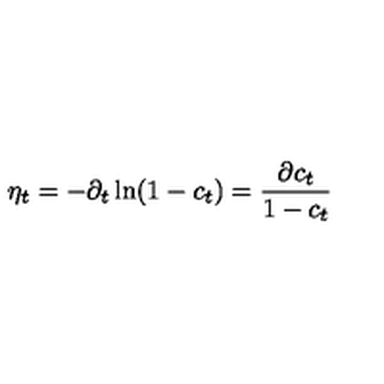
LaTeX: \eta _ { t } = - \partial _ { t } \ln ( 1 - c _ { t } ) = \frac { \partial c _ { t } } { 1 - c _ { t } }